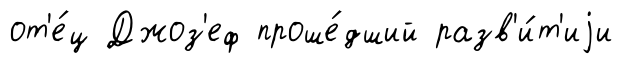
от'е́ц Джоз'еф проше́дший разв'и́т'иjи